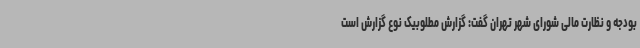
بودجه و نظارت مالی شورای شهر تهران گفت: گزارش مطلوبیک نوع گزارش است